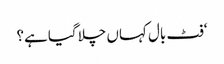
‘فٹ بال کہاں چلا گیا ہے؟